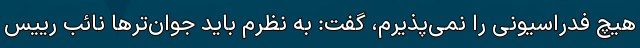
هیچ فدراسیونی را نمی‌پذیرم، گفت: به نظرم باید جوان‌ترها نائب رییس